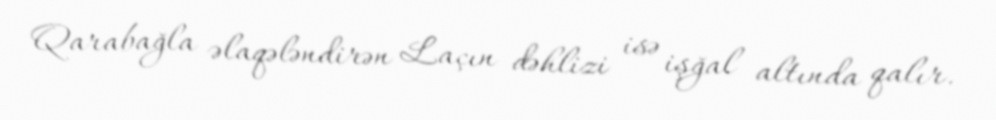
Qarabağla əlaqələndirən Laçın dəhlizi isə işğal altında qalır.